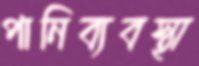
পানিব্যবস্থা